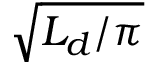
\sqrt { L _ { d } / \pi }